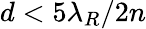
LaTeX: d<5\lambda_{R}/2n